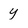
Character: y